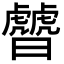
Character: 䖜